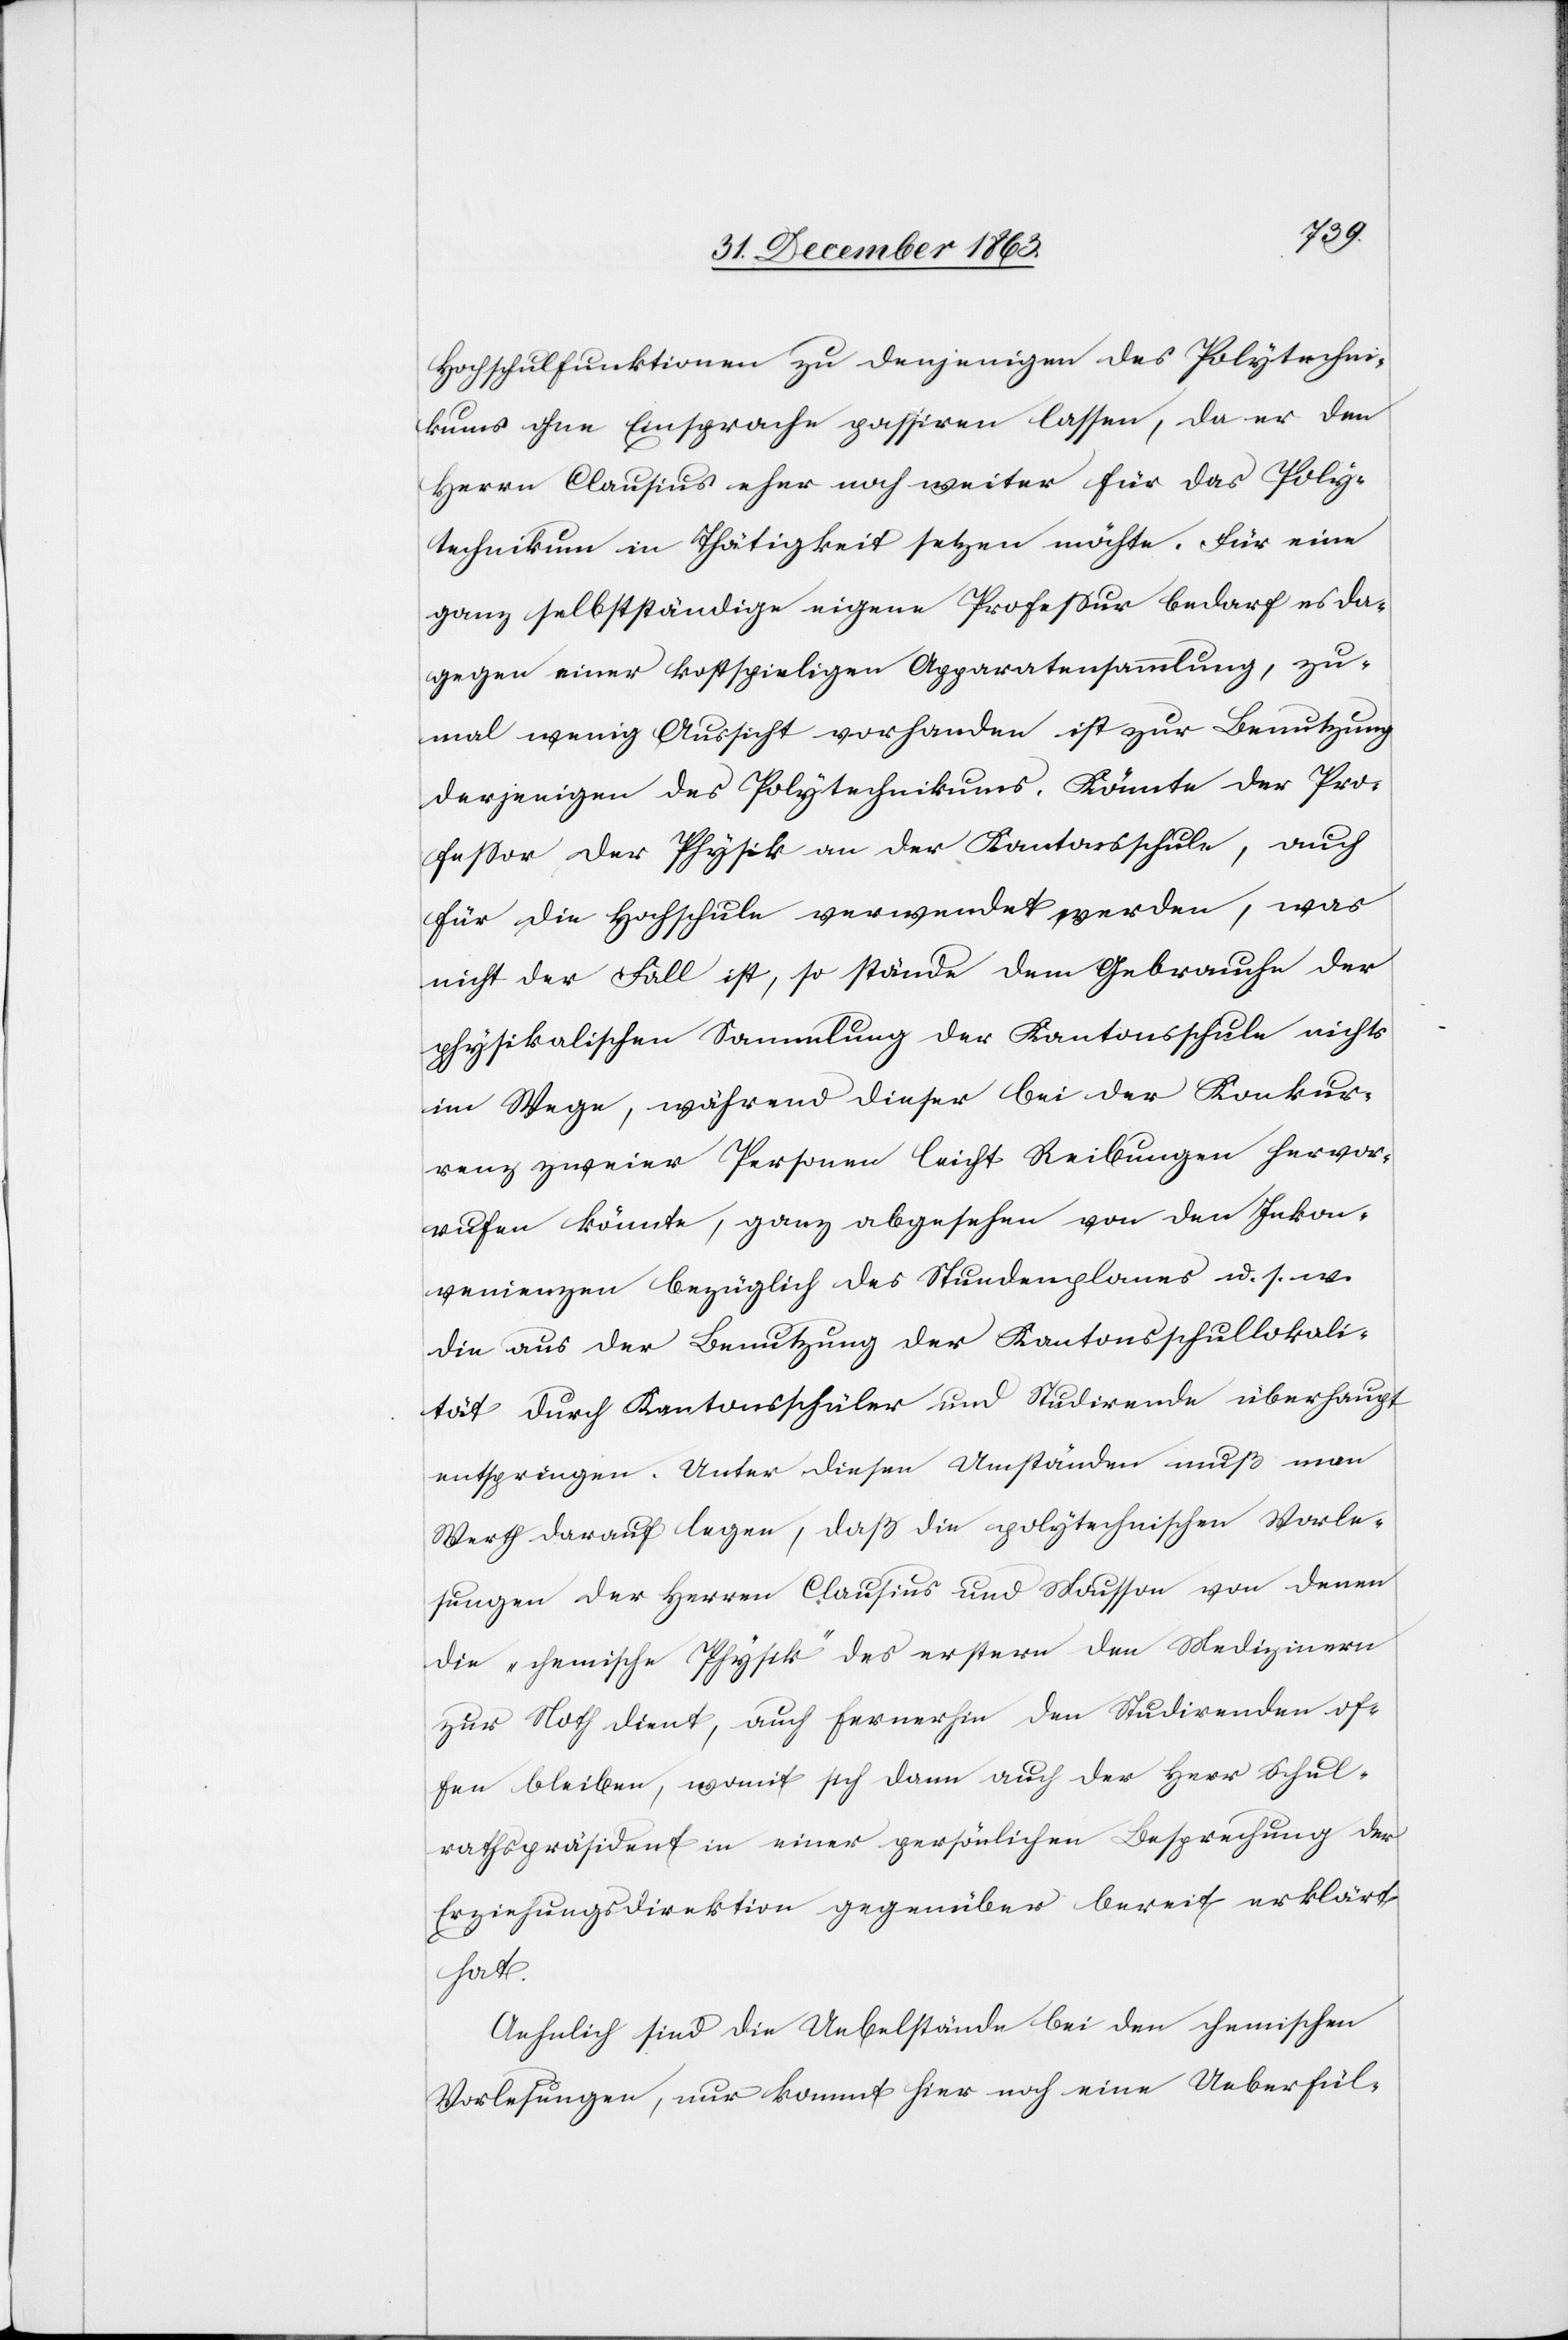
Hochschulfunktionen zu denjenigen des Polytechni¬
kums ohne Einsprache passiren lassen, da er den
Herrn Clausius eher noch weiter für das Poly¬
technikum in Thätigkeit setzen möchte. Für eine
ganz selbstständige eigene Professur bedarf es da¬
gegen einer kostspieligen Apparatensammlung, zu¬
mal wenig Aussicht vorhanden ist zur Benutzung
derjenigen des Polytechnikums. Könnte der Pro¬
fessor der Physik an der Kantonsschule, auch
für die Hochschule verwendet werden, was
nicht der Fall ist, so stände dem Gebrauche der
physikalischen Sammlung der Kantonsschule nichts
im Wege, während dieser bei der Konkur¬
renz zweier Personen leicht Reibungen hervor¬
rufen könnte, ganz abgesehen von den Inkon¬
venienzen bezüglich des Stundenplanes u. s. w.
die aus der Benutzung der Kantonsschullokali¬
tät durch Kantonsschüler und Studirende überhaupt
entspringen. Unter diesen Umständen muß man
Werth darauf legen, daß die polytechnischen Vorle¬
sungen der Herren Clausius und Mousson von denen
die „chemische Physik“ des erstern den Medizinern
zur Noth dient, auch fernerhin den Studirenden of¬
fen bleiben, womit sich dann auch der Herr Schul¬
rathspräsident in einer persönlichen Besprechung der
Erziehungsdirektion gegenüber bereit erklärt
hat.
Aehnlich sind die Uebelstände bei den chemischen
Vorlesungen, nur kommt hier noch eine Ueberfül-